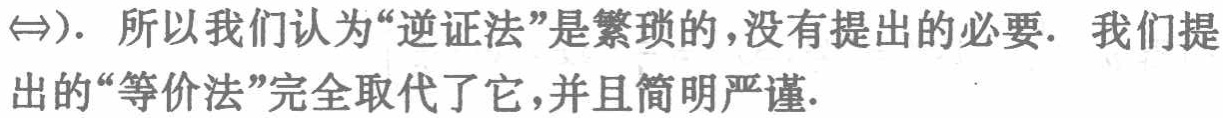
$\Leftrightarrow$). 所以我们认为“逆证法”是繁琐的,没有提出的必要. 我们提出的“等价法”完全取代了它,并且简明严谨.